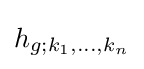
h_{g;k_{1},\dots ,k_{n}}